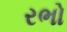
રભો